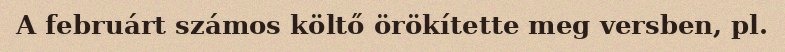
A februárt számos költő örökítette meg versben, pl.